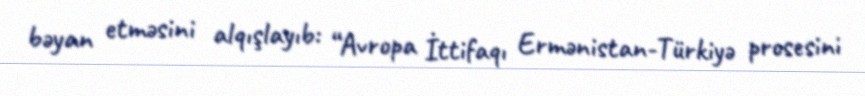
bəyan etməsini alqışlayıb: “Avropa İttifaqı Ermənistan-Türkiyə prosesini